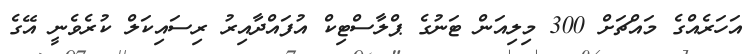
އަހަރެއްގެ މައްޗަށް 300 މިލިއަން ޓަނުގެ ޕްލާސްޓިކް އުފައްދާއިރު ރިސައިކަލް ކުރެވެނީ އޭގެ